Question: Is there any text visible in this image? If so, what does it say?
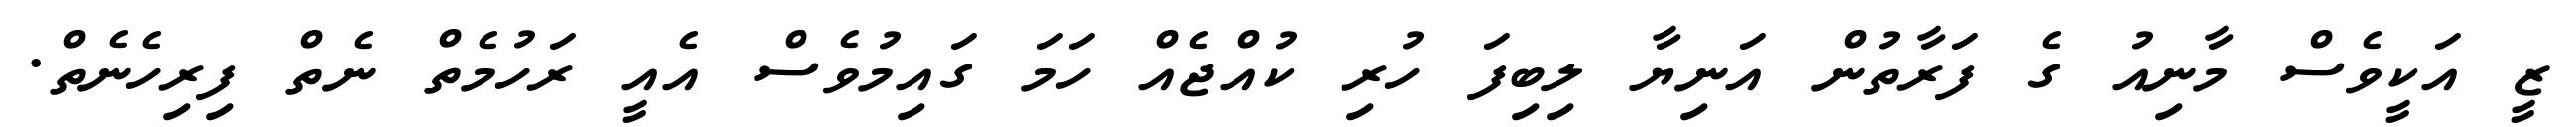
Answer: ޒީ އަކީވެސް މާނިއު ގެ ފަރާތުން އަނިޔާ ލިބިފަ ހުރި ކުއްޖެއް ހަމަ ގައިމުވެސް އެއީ ރަހުމެތް ނެތް ފިރިހެނެތް.